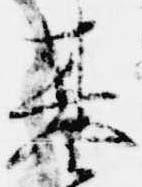
基